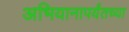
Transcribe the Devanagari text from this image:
अभियानापर्यंतच्या